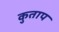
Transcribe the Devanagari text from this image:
कुताप